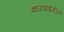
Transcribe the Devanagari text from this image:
कारवाईतील